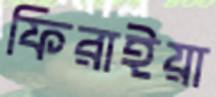
ফিরাইয়া